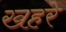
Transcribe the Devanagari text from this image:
खहरे